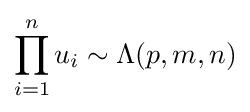
\prod _{i=1}^{n}u_{i}\sim \Lambda (p,m,n)